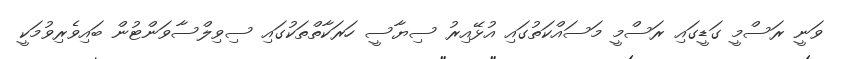
ވަނީ ރަސްމީ ގަޑީގައި ރަސްމީ މަސައްކަތުގައި އުޅޭއިރު ސިޔާސީ ހަރަކާތްތަކުގައި ސިވިލްސާވަންޓުން ބައިވެެރިވުމަކީ